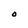
Character: O